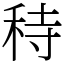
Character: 秲